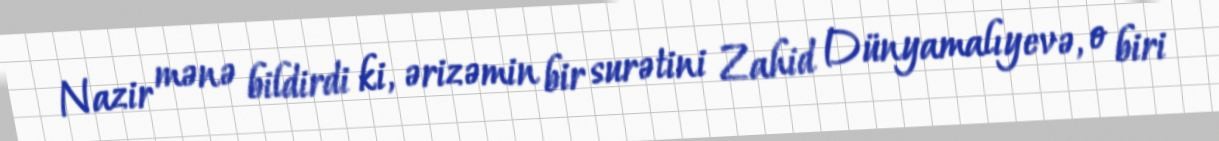
Nazir mənə bildirdi ki, ərizəmin bir surətini Zahid Dünyamalıyevə, o biri